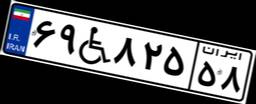
۵۷W۲۰۰۴۴